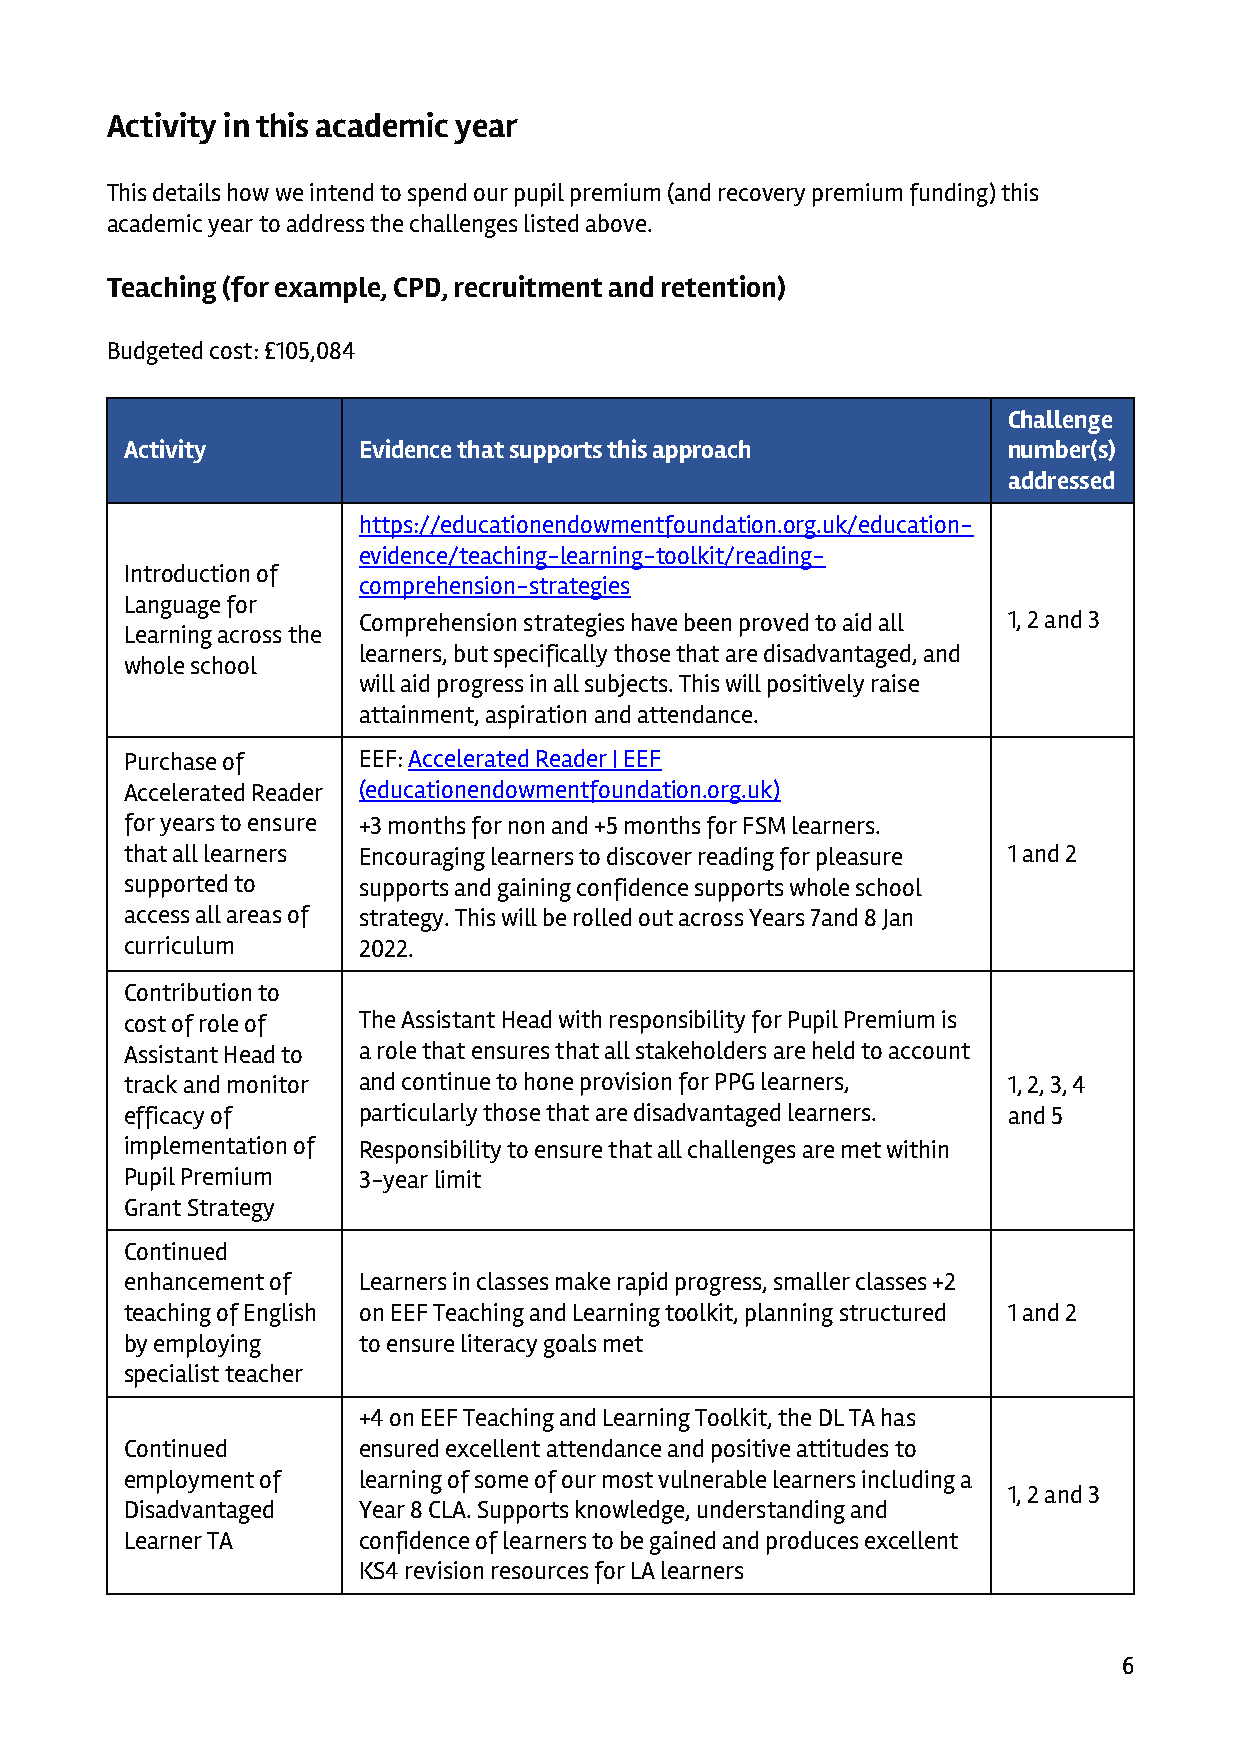
Activity in this academic year
 This details how we intend to spend our pupil premium (and recovery premium funding) this
 academic year to address the challenges listed above.
 Teaching (for example, CPD, recruitment and retention)
 Budgeted cost: £105,084
 Challenge
 Activity        Evidence that supports this approach       number(s)
 addressed
 https://educationendowmentfoundation.org.uk/education-
 evidence/teaching-learning-toolkit/reading-
 Introduction of
 comprehension-strategies
 Language for
 Comprehension strategies have been proved to aid all 1, 2 and 3
 Learning across the
 learners, but specifically those that are disadvantaged, and
 whole school
 will aid progress in all subjects. This will positively raise
 attainment, aspiration and attendance.
 Purchase of     EEF: Accelerated Reader | EEF
 Accelerated Reader (educationendowmentfoundation.org.uk)
 for years to ensure +3 months for non and +5 months for FSM learners.
 that all learners Encouraging learners to discover reading for pleasure 1 and 2
 supported to    supports and gaining confidence supports whole school
 access all areas of strategy. This will be rolled out across Years 7and 8 Jan
 curriculum      2022.
 Contribution to
 cost of role of The Assistant Head with responsibility for Pupil Premium is
 Assistant Head to a role that ensures that all stakeholders are held to account
 track and monitor and continue to hone provision for PPG learners, 1, 2, 3, 4
 efficacy of     particularly those that are disadvantaged learners. and 5
 implementation of Responsibility to ensure that all challenges are met within
 Pupil Premium   3-year limit
 Grant Strategy
 Continued
 enhancement of  Learners in classes make rapid progress, smaller classes +2
 teaching of English on EEF Teaching and Learning toolkit, planning structured 1 and 2
 by employing    to ensure literacy goals met
 specialist teacher
 +4 on EEF Teaching and Learning Toolkit, the DL TA has
 Continued       ensured excellent attendance and positive attitudes to
 employment of   learning of some of our most vulnerable learners including a
 1, 2 and 3
 Disadvantaged   Year 8 CLA. Supports knowledge, understanding and
 Learner TA      confidence of learners to be gained and produces excellent
 KS4 revision resources for LA learners
 6